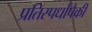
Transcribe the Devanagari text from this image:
प्रतिस्पर्धांपैकी